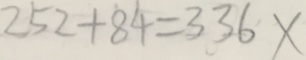
2 5 2 + 8 4 = 3 3 6 x